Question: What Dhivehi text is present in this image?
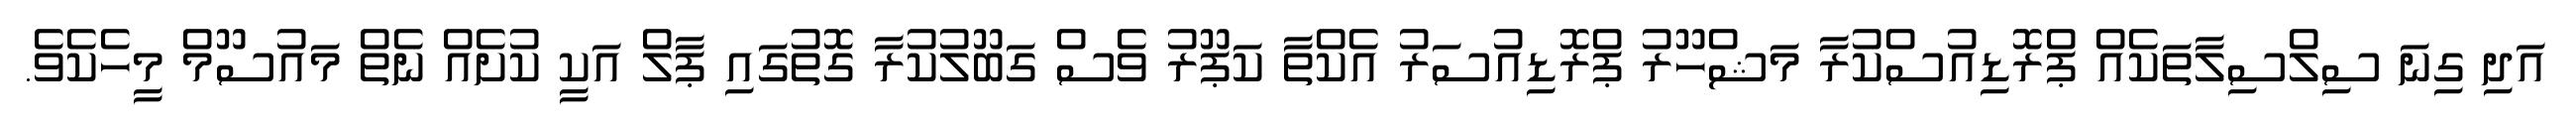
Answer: އަދި ގިނަ ސިލްސިލާތަކެއް ޕްރޮޑިއުސްކުރާ މަޝްހޫރު ޕްރޮޑިއުސަރު އެކްތާ ކަޕޫރު ވެސް ގަބޫލުކުރާ ގޮތުގައި ޕާލް އަކީ ކުށެއް ނެތް މައުސޫމް މީހެކެވެ.